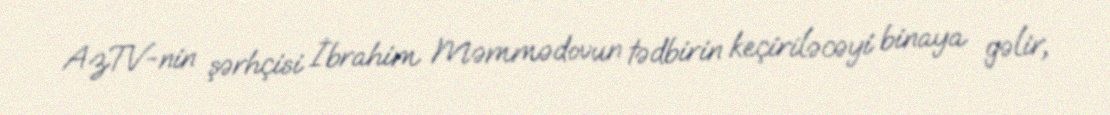
AzTV-nin şərhçisi İbrahim Məmmədovun tədbirin keçiriləcəyi binaya gəlir,